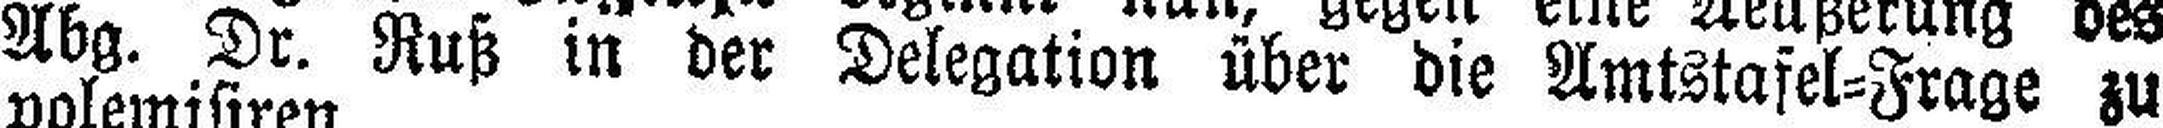
Abg. Dr. Ruß in der Delegation über die Amtstafel=Frage zu